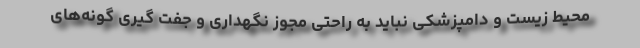
محیط زیست و دامپزشکی نباید به راحتی مجوز نگهداری و جفت گیری گونه‌های